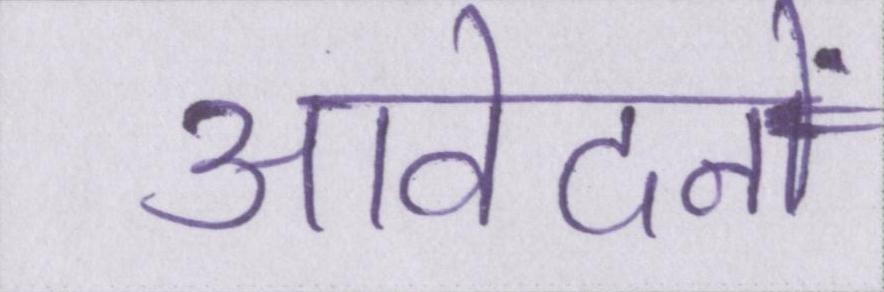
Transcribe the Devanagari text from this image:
आवेदनों